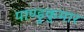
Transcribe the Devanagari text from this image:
पाण्डुकुमार